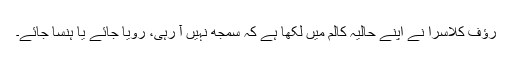
رؤف کلاسرا نے اپنے حالیہ کالم میں لکھا ہے کہ سمجھ نہیں آ رہی، رویا جائے یا ہنسا جائے۔